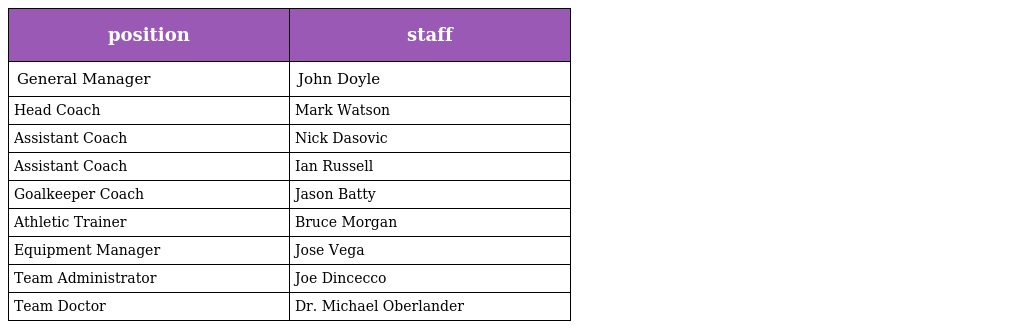
| position | staff |
 | --- | --- |
 | General Manager | John Doyle |
 | Head Coach | Mark Watson |
 | Assistant Coach | Nick Dasovic |
 | Assistant Coach | Ian Russell |
 | Goalkeeper Coach | Jason Batty |
 | Athletic Trainer | Bruce Morgan |
 | Equipment Manager | Jose Vega |
 | Team Administrator | Joe Dincecco |
 | Team Doctor | Dr. Michael Oberlander |